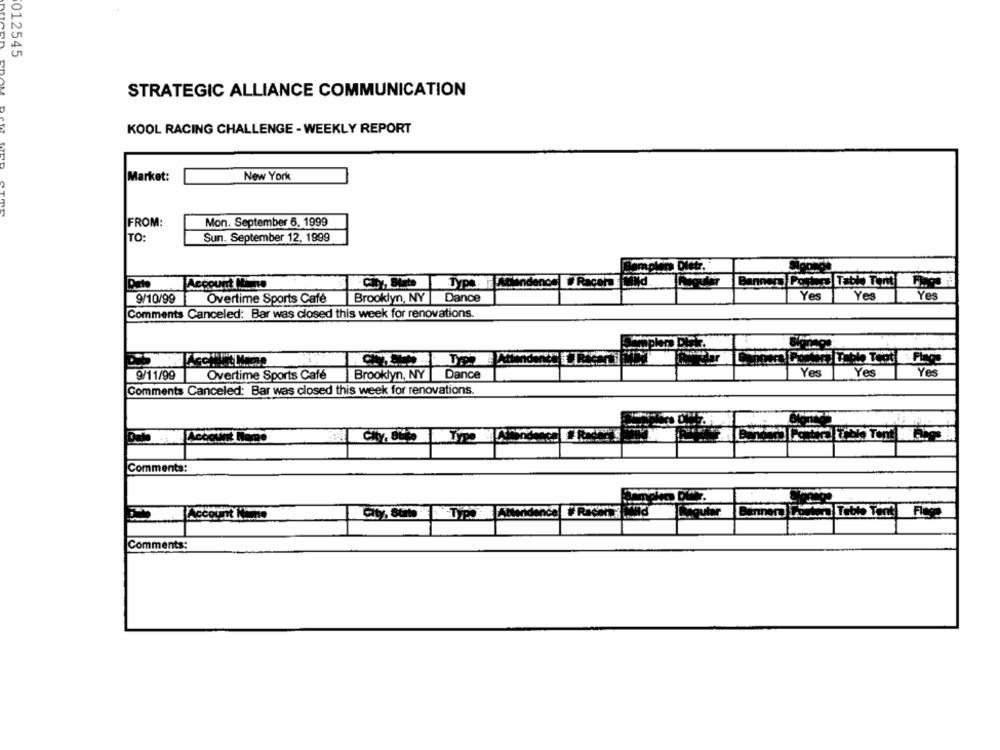
012545
STRATEGIC ALLIANCE COMMUNICATION
KOOL RACING CHALLENGE - WEEKLY REPORT
Market:
New York
FROM:
Mon. September 6, 1999
TO:
Sun. September 12, 1999
Account Mine
Po
Tabl Tomt
9/10/99
Overtime Sports Café
Brooklyn, NY
Dance
Yes
Yes
Yes
Comments Canceled: Bar was closed this week for renovations.
9/11/99
Overtime Sports Café
Brooklyn, NY | Dance
Yes
Yes
Yes
Comments Canceled: Bar was closed this week for renovations.
Comments:
ccount NAMnte
Comments: